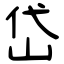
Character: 岱